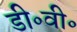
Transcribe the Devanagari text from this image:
डी॰वी॰